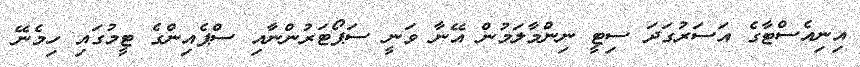
އިނިއެސްޓާގެ އަސަރުގަދަ ސިޓީ ނިންމާލަމުން އޭނާ ވަނީ ސަޕޯޓަރުންނާއި ސްޕެއިންގެ ޓީމުގައި ހިމެނޭ